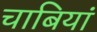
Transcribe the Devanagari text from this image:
चाबियां